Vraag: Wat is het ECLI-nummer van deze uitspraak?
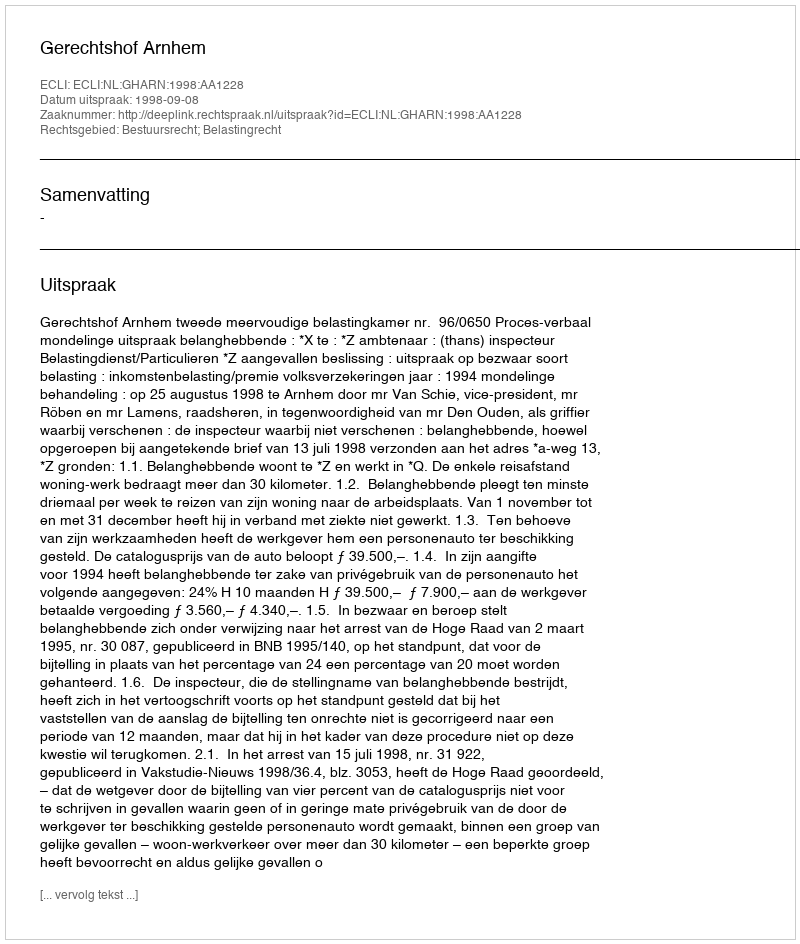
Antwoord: ECLI:NL:GHARN:1998:AA1228